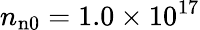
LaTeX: n_{\mathrm{n0}}=1.0\times 10^{17}